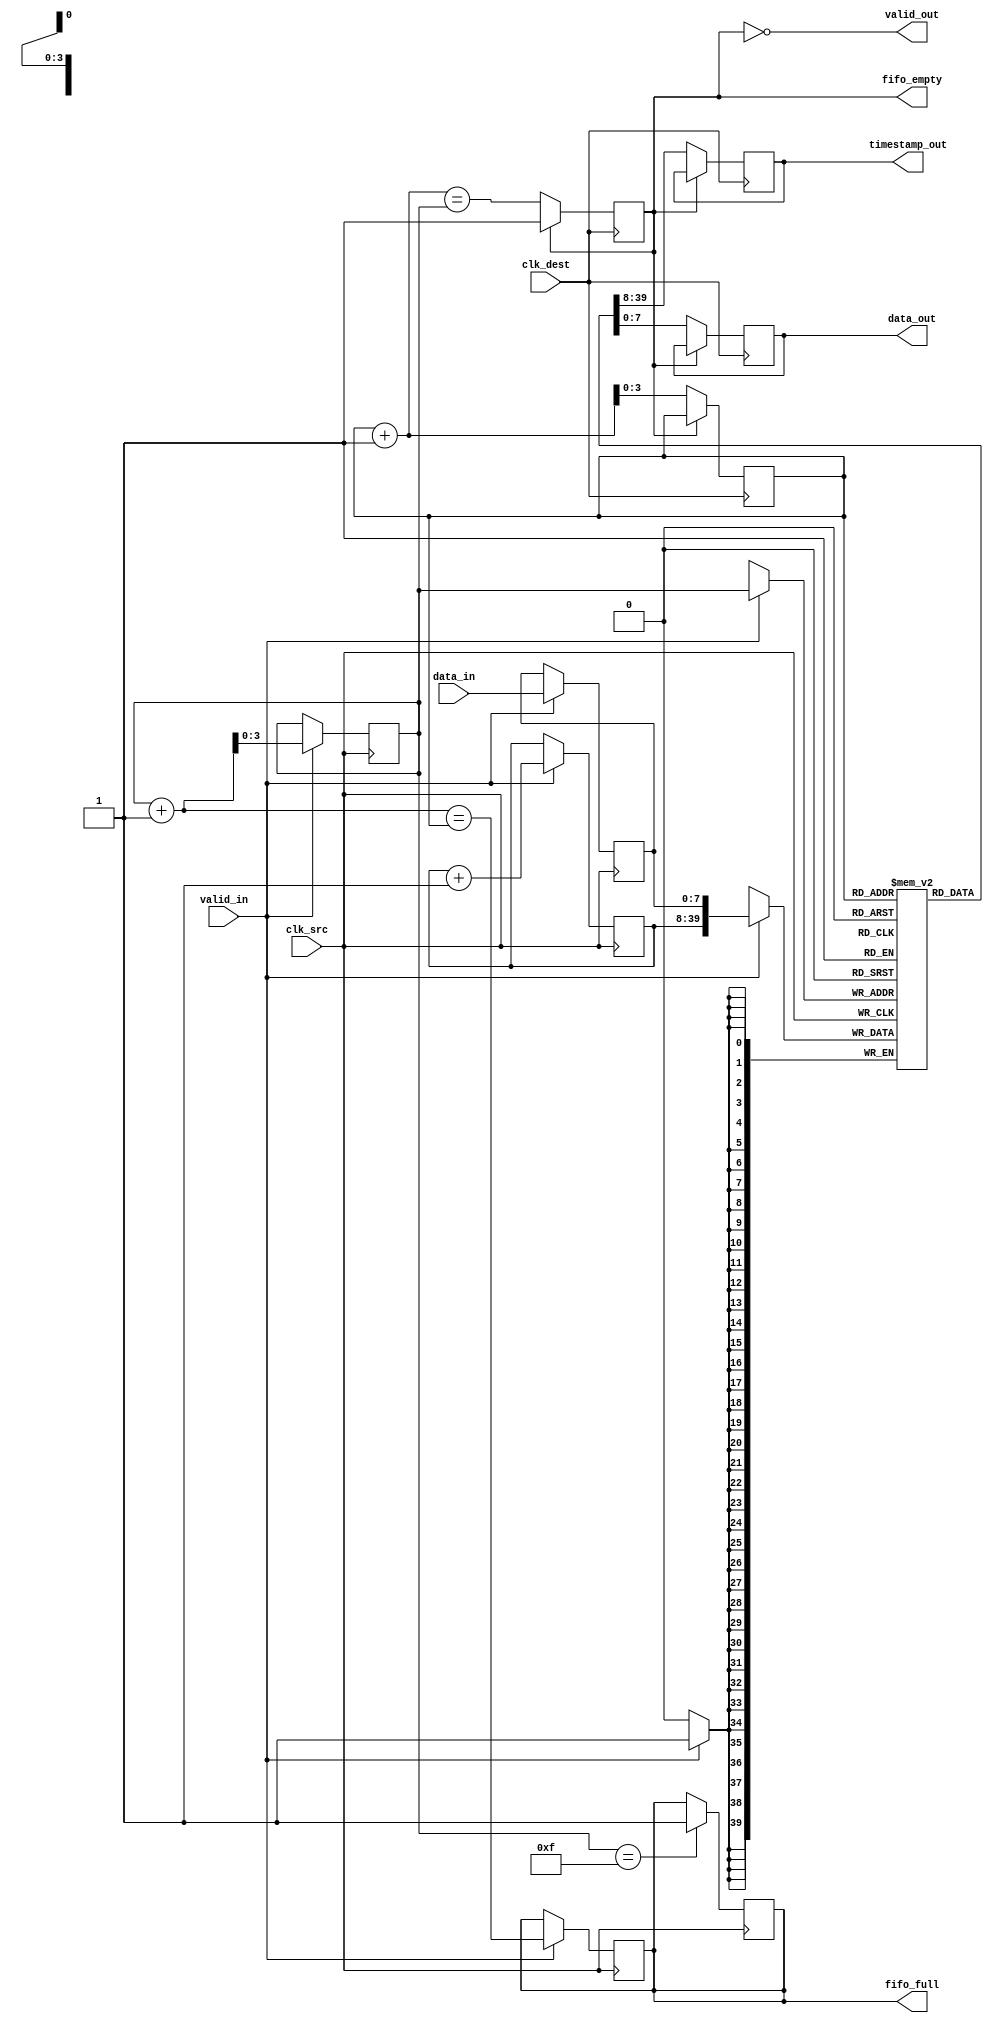
module TimeStampedSynchronizer #(
    parameter DATA_WIDTH = 8,
    parameter TIMESTAMP_WIDTH = 32,
    parameter FIFO_DEPTH = 16
)(
    input wire clk_src,               // Source clock
    input wire clk_dest,              // Destination clock
    input wire [DATA_WIDTH-1:0] data_in, // Data input
    input wire valid_in,              // Valid signal for data input
    output wire [DATA_WIDTH-1:0] data_out, // Data output
    output wire [TIMESTAMP_WIDTH-1:0] timestamp_out, // Timestamp output
    output wire valid_out,            // Valid signal for data output
    output wire fifo_full,            // FIFO full indicator
    output wire fifo_empty            // FIFO empty indicator
);

    // Internal signals
    reg [DATA_WIDTH-1:0] data_reg;
    reg [TIMESTAMP_WIDTH-1:0] timestamp_reg;
    reg [TIMESTAMP_WIDTH-1:0] timestamp_counter;
    
    // FIFO buffer
    reg [DATA_WIDTH + TIMESTAMP_WIDTH - 1:0] fifo [0:FIFO_DEPTH-1];
    reg [3:0] write_ptr, read_ptr;
    reg fifo_full_reg, fifo_empty_reg;

    // Data Input Module
    always @(posedge clk_src) begin
        if (valid_in) begin
            data_reg <= data_in;
            timestamp_counter <= timestamp_counter + 1; // Increment timestamp
            fifo[write_ptr] <= {timestamp_counter, data_reg}; // Concatenate timestamp and data
            write_ptr <= write_ptr + 1;
            fifo_full_reg <= (write_ptr + 1 == read_ptr); // Check for FIFO full
        end
    end

    // FIFO management
    always @(posedge clk_src) begin
        if (write_ptr == FIFO_DEPTH - 1) begin
            fifo_full_reg <= 1'b1; // Set FIFO full
        end
    end

    // Data Output Module
    always @(posedge clk_dest) begin
        if (!fifo_empty_reg) begin
            {timestamp_out, data_out} <= fifo[read_ptr]; // Read from FIFO
            read_ptr <= read_ptr + 1;
            fifo_empty_reg <= (read_ptr + 1 == write_ptr); // Check for FIFO empty
        end
    end

    // Control Logic
    assign valid_out = !fifo_empty_reg; // Output valid signal
    assign fifo_full = fifo_full_reg; // Output FIFO full status
    assign fifo_empty = fifo_empty_reg; // Output FIFO empty status

    // Initialize pointers and flags
    initial begin
        write_ptr = 0;
        read_ptr = 0;
        fifo_full_reg = 1'b0;
        fifo_empty_reg = 1'b1;
        timestamp_counter = 0;
    end

endmodule